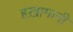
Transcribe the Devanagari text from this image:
हख़ामानी